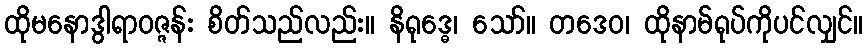
ထိုမနောဒွါရာဝဇ္ဇန်း စိတ်သည်လည်း။ နိရုဒ္ဓေ၊ သော်။ တဒေဝ၊ ထိုနာမ်ရုပ်ကိုပင်လျှင်။